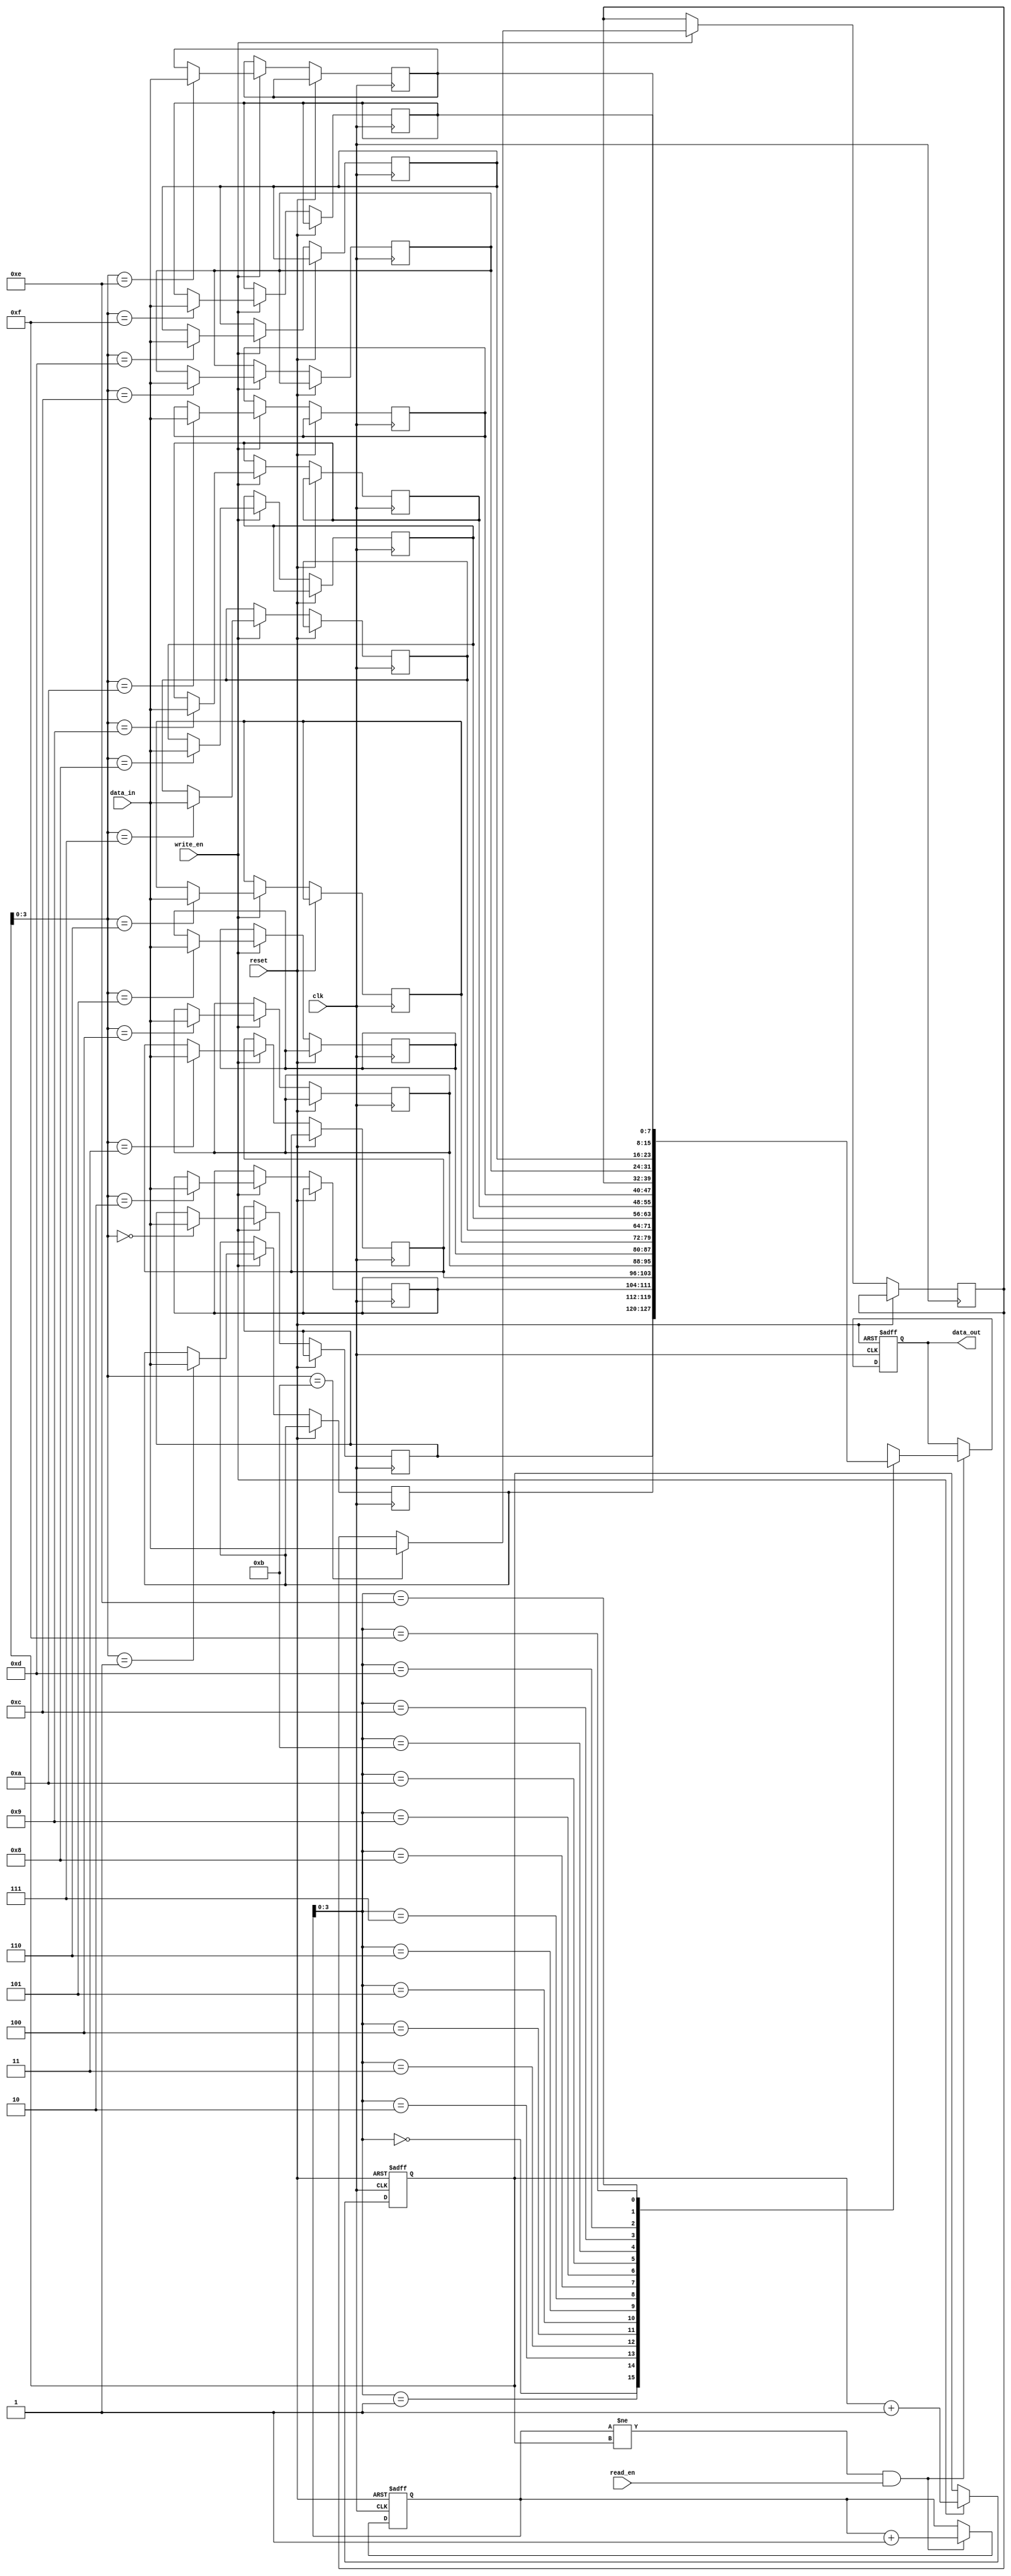
module fifo_buffer (
    input wire clk,
    input wire reset,
    input wire write_en,
    input wire read_en,
    input wire [7:0] data_in,
    output reg [7:0] data_out
);

parameter MEM_DEPTH = 16;

reg [7:0] memory [0:MEM_DEPTH-1];
reg [4:0] write_ptr;
reg [4:0] read_ptr;

always @(posedge clk or posedge reset) begin
    if (reset) begin
        write_ptr <= 0;
        read_ptr <= 0;
        data_out <= 8'b0;
    end else begin
        if (write_en) begin
            memory[write_ptr] <= data_in;
            write_ptr <= write_ptr + 1;
        end
        
        if (read_ptr != write_ptr && read_en) begin
            data_out <= memory[read_ptr];
            read_ptr <= read_ptr + 1;
        end
    end
end

endmodule